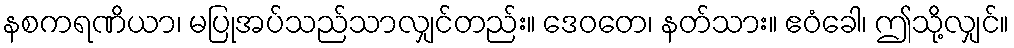
နစကရဏိယာ၊ မပြုအပ်သည်သာလျှင်တည်း။ ဒေဝတေ၊ နတ်သား။ ဧဝံခေါ၊ ဤသို့လျှင်။